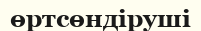
өртсөндіруші